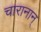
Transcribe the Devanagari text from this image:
चारानान्